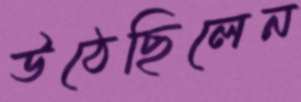
উঠেছিলেন